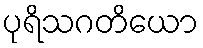
ပုရိသဂတိယော